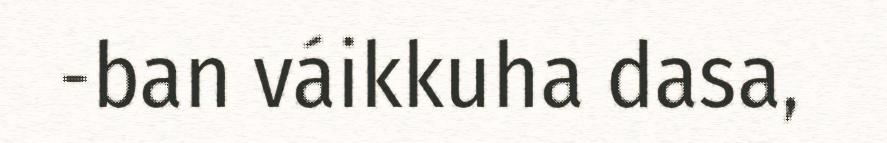
-ban váikkuha dasa,